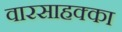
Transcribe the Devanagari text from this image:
वारसाहक्का